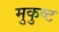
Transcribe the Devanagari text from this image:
मुकुष्ट